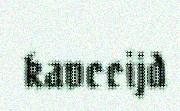
kavccijd